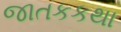
જાતકકથા